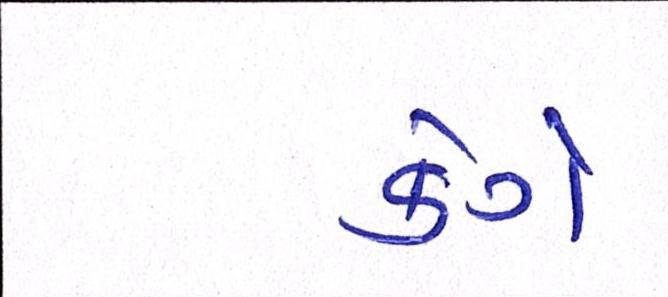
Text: કેગે